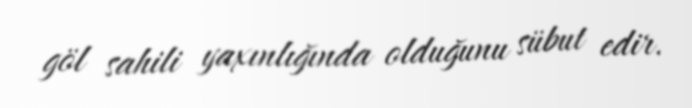
göl sahili yaxınlığında olduğunu sübut edir.